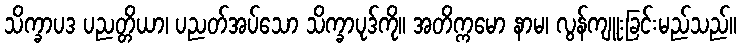
သိက္ခာပဒ ပညတ္တိယာ၊ ပညတ်အပ်သော သိက္ခာပုဒ်ကို။ အတိက္ကမော နာမ၊ လွန်ကျူးခြင်းမည်သည်။